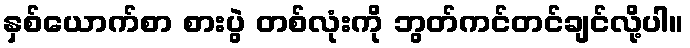
နှစ်ယောက်စာ စားပွဲ တစ်လုံးကို ဘွတ်ကင်တင်ချင်လို့ပါ။